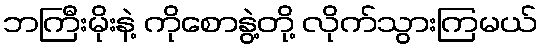
ဘကြီးမိုးနဲ့ ကိုစောနွဲ့တို့ လိုက်သွားကြမယ်